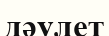
дәулет